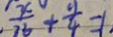
\frac { x } { 7 6 } + \frac { y } { 4 } = 1 .